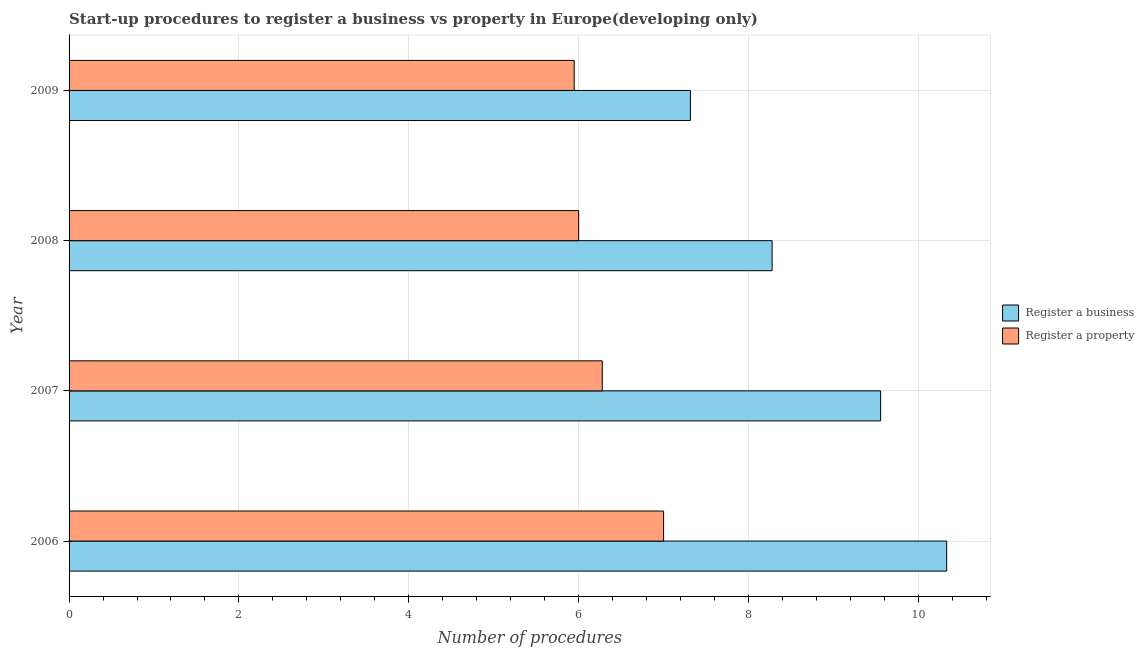
| Year | Register a business | Register a property |
 | --- | --- | --- |
 | 2006 | 10.3 | 7 |
 | 2007 | 9.56 | 6.28 |
 | 2008 | 8.28 | 6 |
 | 2009 | 7.32 | 5.95 |